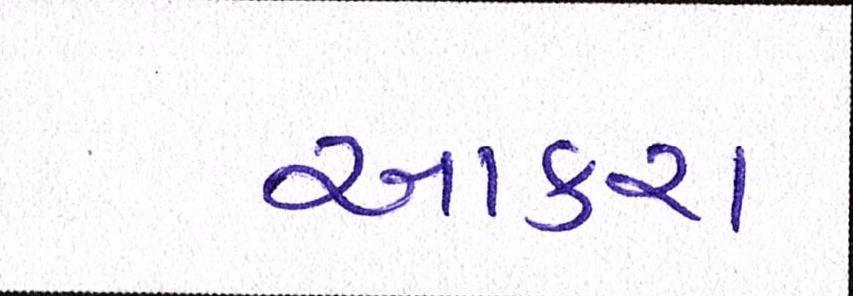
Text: આકરા